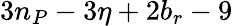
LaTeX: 3n_{P}-3\eta+2b_{r}-9